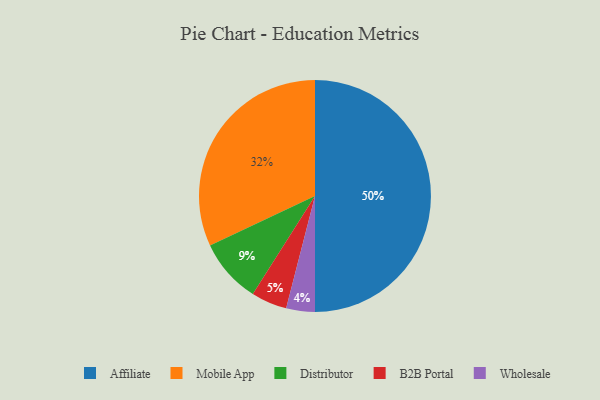
{"axis": {"x": "Category", "y": "Percentage"}, "legend": ["Affiliate", "B2B Portal", "Distributor", "Mobile App", "Wholesale"], "data": [{"x": "Distributor", "y": 9, "type": "Distributor"}, {"x": "Affiliate", "y": 50, "type": "Affiliate"}, {"x": "Wholesale", "y": 4, "type": "Wholesale"}, {"x": "B2B Portal", "y": 5, "type": "B2B Portal"}, {"x": "Mobile App", "y": 32, "type": "Mobile App"}]}